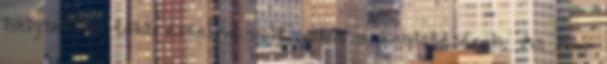
helyzetben több értelme volt, mint a kezdetésének. Az már